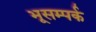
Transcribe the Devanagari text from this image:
भूसम्पर्क